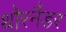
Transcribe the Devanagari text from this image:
थोरनैंडर